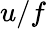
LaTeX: u/f